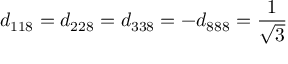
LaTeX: d _ { 1 1 8 } = d _ { 2 2 8 } = d _ { 3 3 8 } = - d _ { 8 8 8 } = { \frac { 1 } { \sqrt { 3 } } }